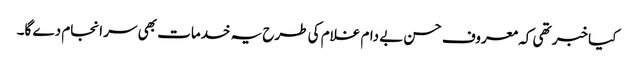
کیا خبر تھی کہ معروف حسن بے دام غلام کی طرح یہ خدمات بھی سر انجام دے گا۔